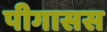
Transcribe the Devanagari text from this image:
पीगासस